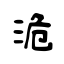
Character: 洈